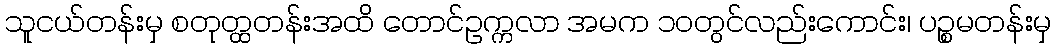
သူငယ်တန်းမှ စတုတ္ထတန်းအထိ တောင်ဥက္ကလာ အမက ၁၀တွင်လည်းကောင်း၊ ပဉ္စမတန်းမှ